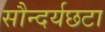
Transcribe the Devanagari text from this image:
सौन्दर्यछटा